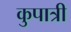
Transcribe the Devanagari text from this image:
कुपात्री